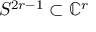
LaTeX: S ^ { 2 r - 1 } \subset \mathbb { C } ^ { r }